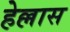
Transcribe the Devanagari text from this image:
हेल्लास